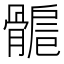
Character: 𩩾